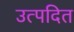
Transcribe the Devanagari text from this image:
उत्पदित